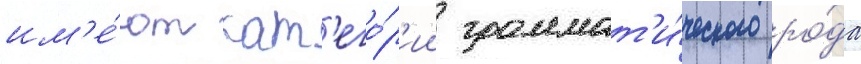
им'е́ют кат'его́р'ии граммат'и́ческого ро́да